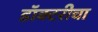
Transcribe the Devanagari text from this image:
डॉक्टरीचा